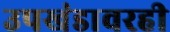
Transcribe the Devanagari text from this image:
उपखंडावरही